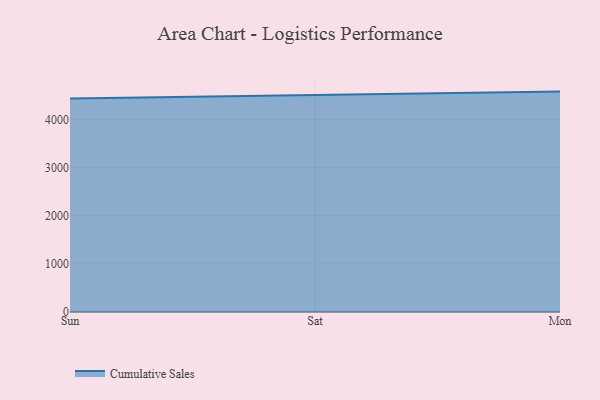
{"axis": {"x": "Day", "y": "Backlog"}, "legend": ["Cumulative Sales"], "data": [{"x": "Sun", "y": 4440.4, "type": "Cumulative Sales"}, {"x": "Sat", "y": 4513.2, "type": "Cumulative Sales"}, {"x": "Mon", "y": 4581.8, "type": "Cumulative Sales"}]}